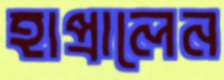
হাপ্‌রালেন